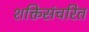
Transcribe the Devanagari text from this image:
शक्तिसंचरित